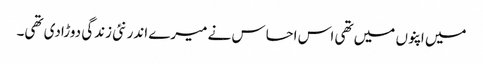
میں اپنوں میں تھی اس احساس نے میرے اندر نئی زندگی دوڑادی تھی۔